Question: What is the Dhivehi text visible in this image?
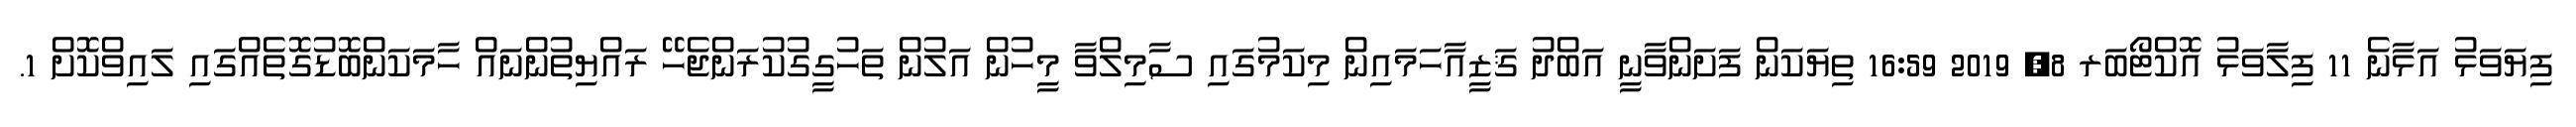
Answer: ފިޔަވަޅު އަޅާނެ 11 ފިލާވަޅު އޮކްޓޯބަރ 8, 2019 16:59 ތިޔަކަން ފަށަންވާނީ އަބްދު ޤަޒީއާހަމައިން މިކަމުގައި ސާމިލްވާ މީހުން އަލުން ތަހުގީގުކުރަންޖެހޭ ރައްޔިތުންނައް ހާމަކަންބޮޑުގޮތެއްގައި ލައިވްކޮށް 1.